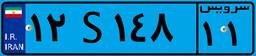
۱۲S۱۴۸۱۱